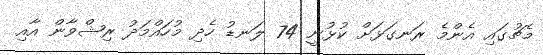
މެޗުގައި އެންމެ ރަނގަޅަށް ކުޅުނީ 74 ލަނޑު ހެދި މުހައްމަދު ރިޝްވާން އާއި